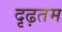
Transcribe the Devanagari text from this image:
दृढ़तम